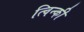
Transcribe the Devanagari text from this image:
त्विन्की